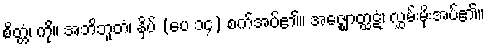
စိတ္တံ၊ ကို။ အဘိဘူတံ၊ နှိပ် (ပေ ၁၄) စက်အပ်၏။ အဇ္ဈောတ္ထဋံ၊ လွှမ်းမိုးအပ်၏။